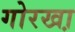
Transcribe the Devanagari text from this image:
गोरखा़